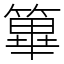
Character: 篳